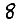
Digit: 8